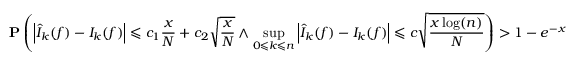
\mathbf { P } \left( \left| { \widehat { I } } _ { k } ( f ) - I _ { k } ( f ) \right| \leqslant c _ { 1 } { \frac { x } { N } } + c _ { 2 } { \sqrt { \frac { x } { N } } } \land \operatorname* { s u p } _ { 0 \leqslant k \leqslant n } \left| { \widehat { I } } _ { k } ( f ) - I _ { k } ( f ) \right| \leqslant c { \sqrt { \frac { x \log ( n ) } { N } } } \right) > 1 - e ^ { - x }